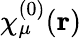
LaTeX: \chi_{\mu}^{(0)}(\mathbf{r})